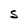
Character: S